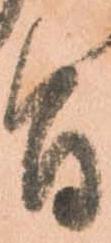
旨